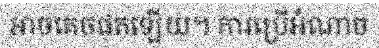
អាចគេចផុតឡើយ។ ការប្រើអំណាច